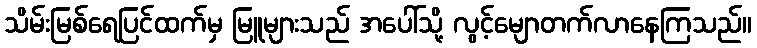
သိမ်းမြစ်ရေပြင်ထက်မှ မြူများသည် အပေါ်သို့ လွင့်မျောတက်လာနေကြသည်။